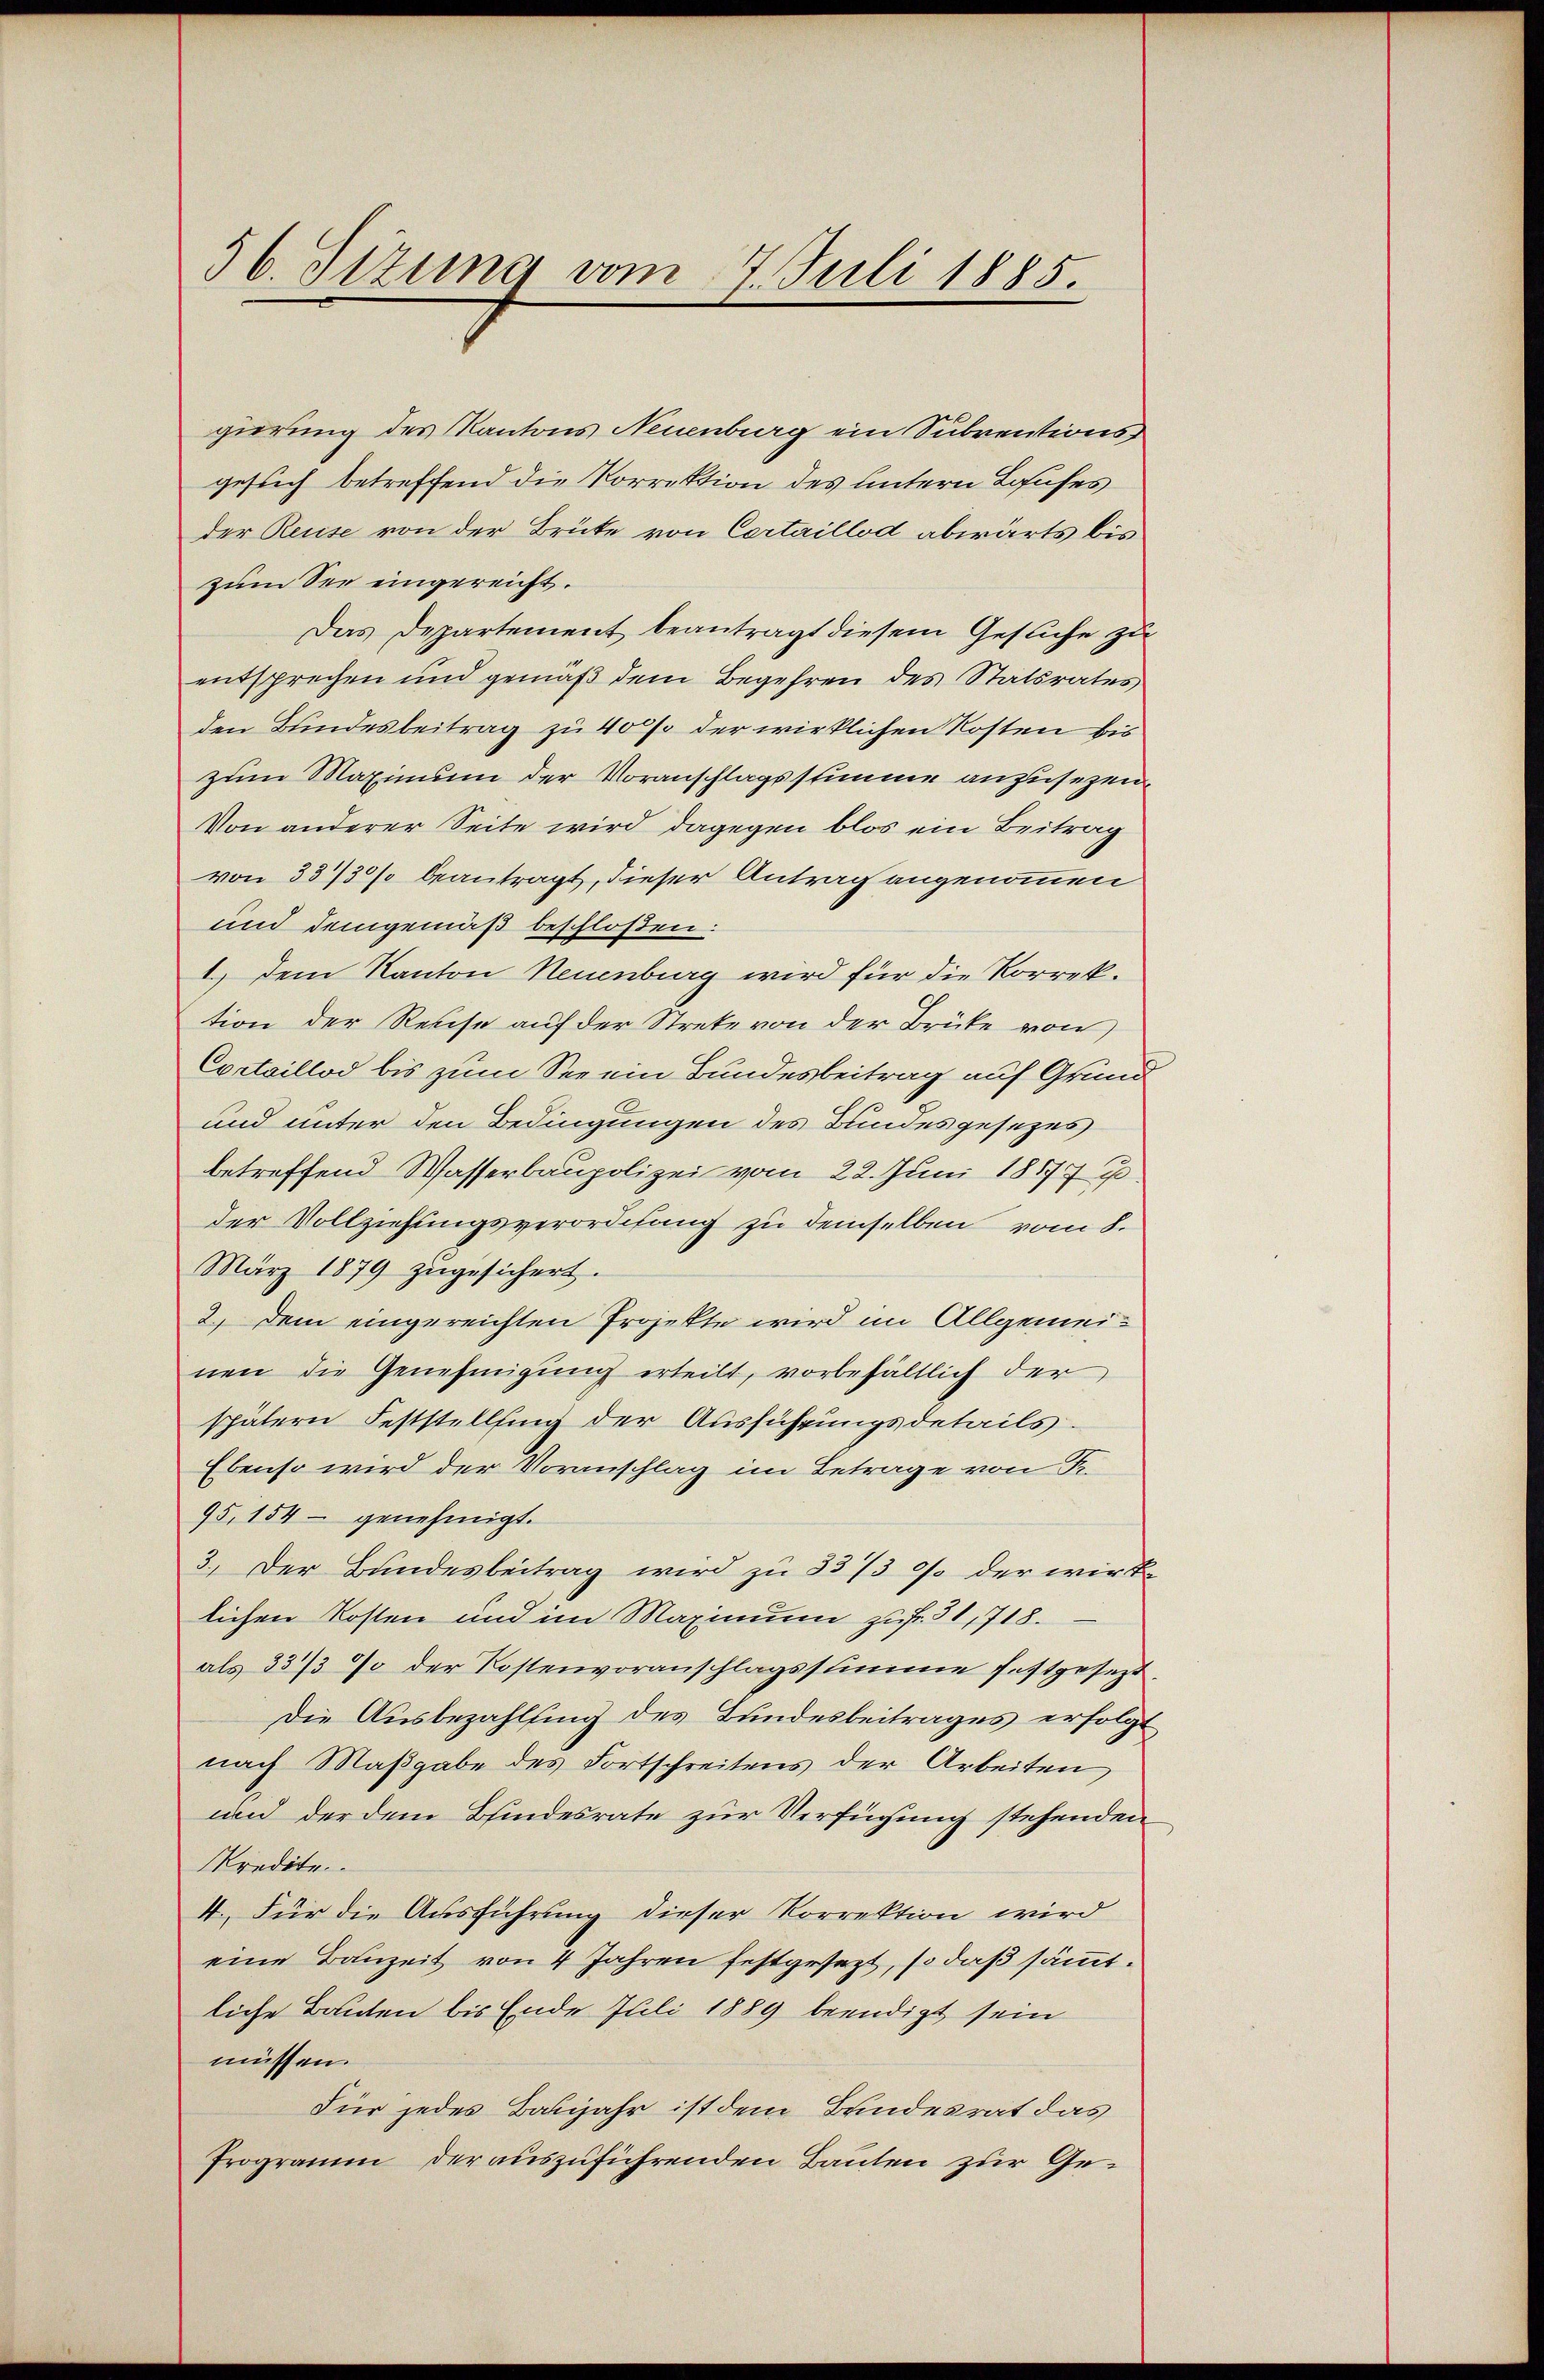
56. Sizung vom 7 Juli 1885.

gierung des Kantons Neuenburg ein Subventionsgesuch betreffend die Korrektion des Untern Laufes
der Reuse von der Brüte von Certaillod abwärts bis
zum See eingereicht.
Das Departement beantragt diesem Gesuche zu
entsprechen und gemäß dem Begehren des Statsrates
den Bundesbeitrag zu 400 der wirklichen Kosten bis
zum Maximum der Voranschlagsstimme anzusezen
Von anderer Seite wird dagegen blos ein Beitrag
von 33/30% beantragt, dieser Antrag angenommen
und demgemäß beschloßen:
1.) Dem Kanton Neuenburg wird für die Korrektion der Reise auf der Strete von der Brüke von
Cortaillod bis zum See ein Bundesbeitrag auf Grund
und unter den Bedingungen des Bundesgesezes
betreffend Wasserbaupolizei vom 22. Juni 18177 u
der Vollziehungsverordnung zu demselben vom 8.
März 1879 zugesichert.
2.) Dem eingereichten Projekte wird im Allgemeinen die Genehmigung erteilt, vorbehältlich der
spätern Feststellung der Ausführungsdetails.
Ebenso wird der Voranschlag im Betrage von Fr.
95,154 - genehmigt.
3.) Der Bundesbeitrag wird zu 33/3 / der wirklichen Kosten und im Maximum zu f. 31, 718.
als 33/3 % der Kostenvoranschlagsstimme festgesezt.
Die Ausbezahlsing des Bundesbeitrages erfolgt
nach Maßgabe des Fortschreitens der Arbeiten
und der dem Bindesrate zur Verfügung stehenden
kredite
4. Für die Ausführung dieser Korrektion wird
eine Bauzeit von 4 Jahren festgesezt, so daß sämmtliche Bauten bis Ende Juli 1889 beendigt sein
müssen.
Für jedes Babijahr ist dem Bundesrat das
Programm der auszuführenden Bauten zur Ge¬